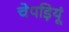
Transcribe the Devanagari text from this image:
चेपड़ियूं